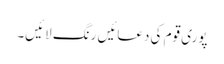
پوری قوم کی دعائیں رنگ لائیں۔